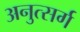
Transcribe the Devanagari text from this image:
अनुत्सर्ग